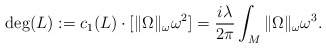
\begin{align*} \operatorname{deg} (L) : = c_1(L)\cdot [\|\Omega\|_\omega \omega^2] = \frac{i\lambda}{2\pi}\int_M \|\Omega\|_\omega \omega^3.\end{align*}